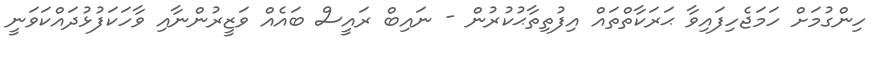
ހިންގުމަށް ހަމަޖެހިފައިވާ ޙަރަކާތްތައް އިފުތިތާޙުކުރުން - ނައިބް ރައީސް ބައެއް ވަޒީރުންނާއި ވާހަކަފުޅުދައްކަވަނީ